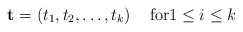
\begin{align*}\mathbf{t} = \left( t_1, t_2, \ldots, t_k \right) \quad\mbox{for}1\leq i \leq k\end{align*}